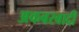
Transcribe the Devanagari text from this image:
अकबरबादी